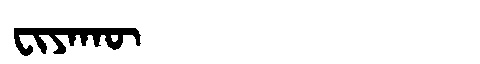
Manchu: ᠸᡳᠶᠠᡴᡡ
Romanization: FIYAKŪ